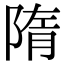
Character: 隋